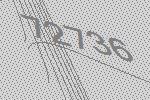
72736